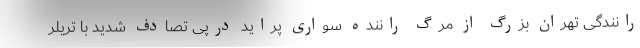
رانندگی تهران بزرگ از مرگ راننده سواری پراید درپی تصادف شدید با تریلر